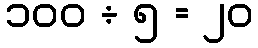
၁၀၀ ÷ ၅ = ၂၀